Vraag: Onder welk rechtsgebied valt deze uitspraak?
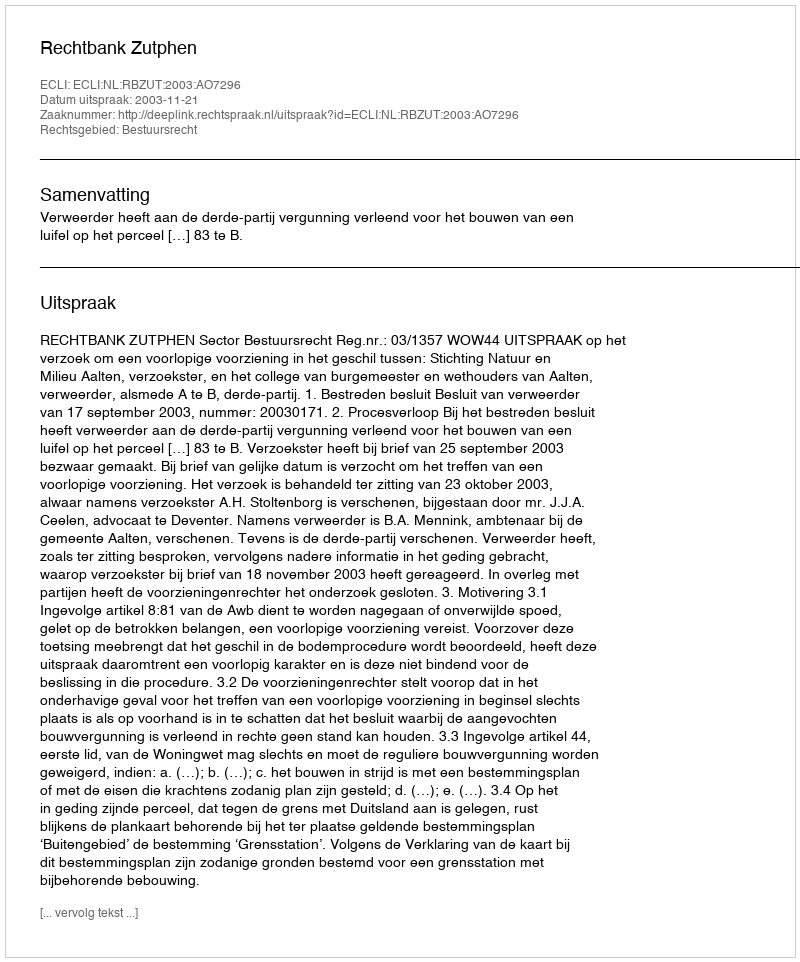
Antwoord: Bestuursrecht